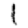
Digit: 1